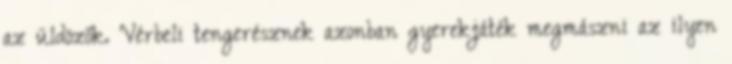
az üldözők. Vérbeli tengerésznek azonban gyerekjáték megmászni az ilyen